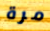
مرة